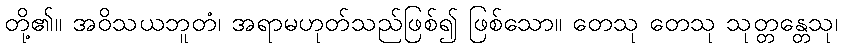
တို့၏။ အဝိသယဘူတံ၊ အရာမဟုတ်သည်ဖြစ်၍ ဖြစ်သော။ တေသု တေသု သုတ္တန္တေသု၊